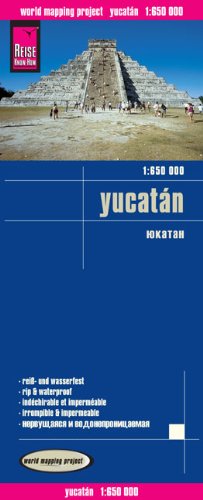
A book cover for Yucatan Peninsula; Reise Know-How Verlag; Travel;